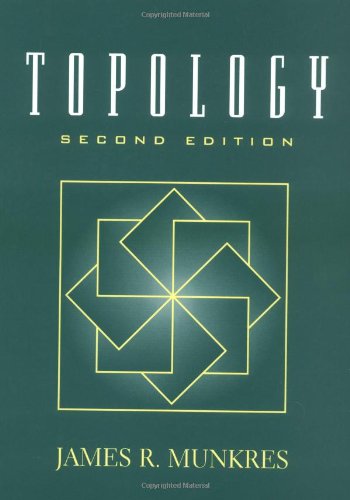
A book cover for Topology (2nd Edition); James Munkres; Science & Math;